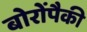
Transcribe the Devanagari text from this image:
बोरोंपैकी